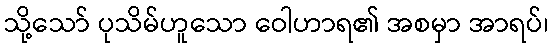
သို့သော် ပုသိမ်ဟူသော ဝေါဟာရ၏ အစမှာ အာရပ်၊